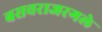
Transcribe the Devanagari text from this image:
बसवराजरगले